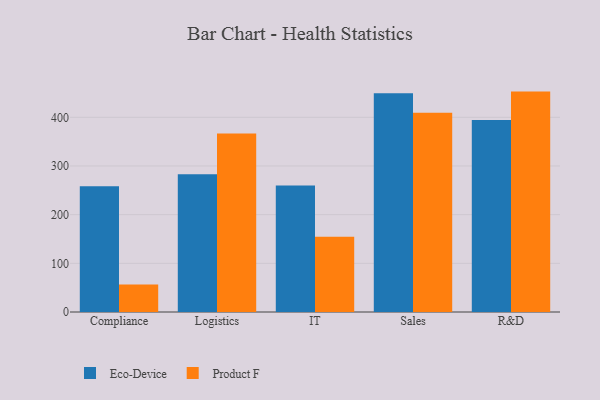
{"axis": {"x": "Department", "y": "Temperature (°C)"}, "legend": ["Eco-Device", "Product F"], "data": [{"x": "Compliance", "y": 258.6, "type": "Eco-Device"}, {"x": "Compliance", "y": 56.7, "type": "Product F"}, {"x": "Logistics", "y": 283.2, "type": "Eco-Device"}, {"x": "Logistics", "y": 366.5, "type": "Product F"}, {"x": "IT", "y": 259.9, "type": "Eco-Device"}, {"x": "IT", "y": 154.4, "type": "Product F"}, {"x": "Sales", "y": 449.5, "type": "Eco-Device"}, {"x": "Sales", "y": 409.1, "type": "Product F"}, {"x": "R&D", "y": 394.2, "type": "Eco-Device"}, {"x": "R&D", "y": 452.8, "type": "Product F"}]}